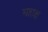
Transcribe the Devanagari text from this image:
महाक्ष